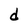
Character: d